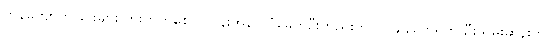
ကန်ကျောက်ခြင်းများ တိုးတက်စေ လဂွန်းအိန် ပုဂံခေတ်ဦးတည်းကပင် ချန်ကေရှိတ် ဦးသိမ်းဆန်းက